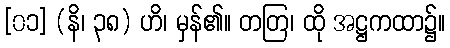
[၀၁] (နိ၊ ၃၈) ဟိ၊ မှန်၏။ တတြ၊ ထို အဋ္ဌကထာ၌။